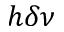
h \delta \nu